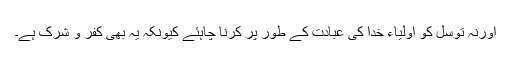
اورنہ توسل کو اولیاء خدا کی عبادت کے طور پر کرنا چاہئے کیونکہ یہ بھی کفر و شرک ہے۔